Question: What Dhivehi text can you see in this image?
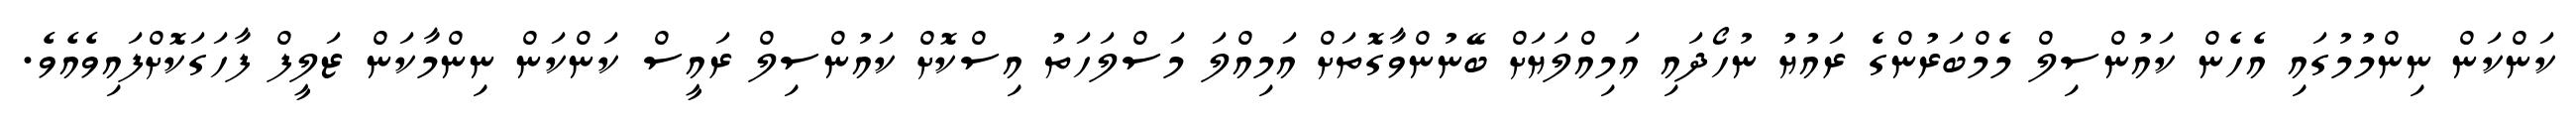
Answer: ކަންކަން ނިންމުމުގައި އެހެން ކައުންސިލް މެމްބަރުންގެ ރައުޔު ނުހޯދައި އަމިއްލަޔަށް ބޭނުންވާގޮތަށް އަމިއްލަ މަސްލަހަތު އިސްކޮށް ކައުންސިލް ރައީސް ކަންކަން ނިންމާކަން ޒަލީފް ފާހަގަކޮށްފައިވެއެވެ.